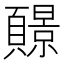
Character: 𫖧